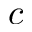
c